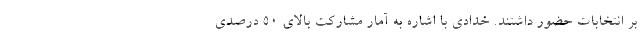
بر انتخابات حضور داشتند. خدادی با اشاره به آمار مشارکت بالای ۵۰ درصدی